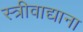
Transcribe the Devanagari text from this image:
स्त्रीवाद्याना